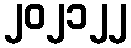
၂၀၂၁၂၂